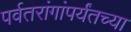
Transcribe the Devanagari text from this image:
पर्वतरांगांपर्यंतच्या